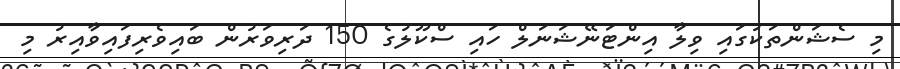
މި ސެޝަންތަކުގައި ވިލާ އިންޓަނޭޝަނަލް ހައި ސްކޫލުގެ 150 ދަރިވަރުން ބައިވެރިފައިވާއިރު މި